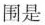
围是